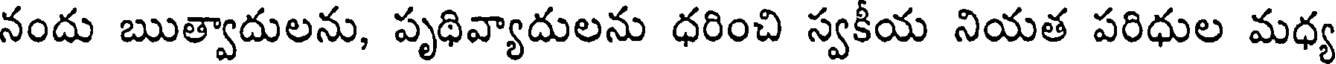
నందు ఋత్వాదులను, పృథివ్యాదులను ధరించి స్వకీయ నియత పరిధుల మధ్య